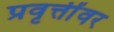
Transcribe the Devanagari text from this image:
प्रवृत्तींवर